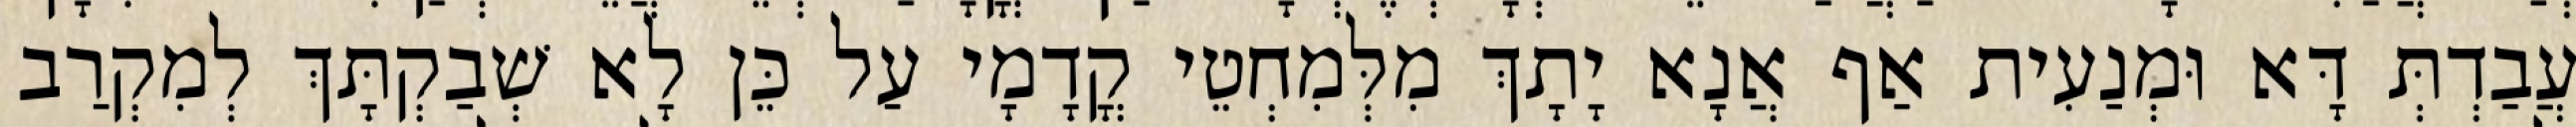
עֲבַדְתְּ דָּא וּמְנַעִית אַף אֲנָא יָתָךְ מִלְּמִחְטֵי קֳדָמָי עַל כֵּן לָא שְׁבַקְתָּךְ לְמִקְרַב